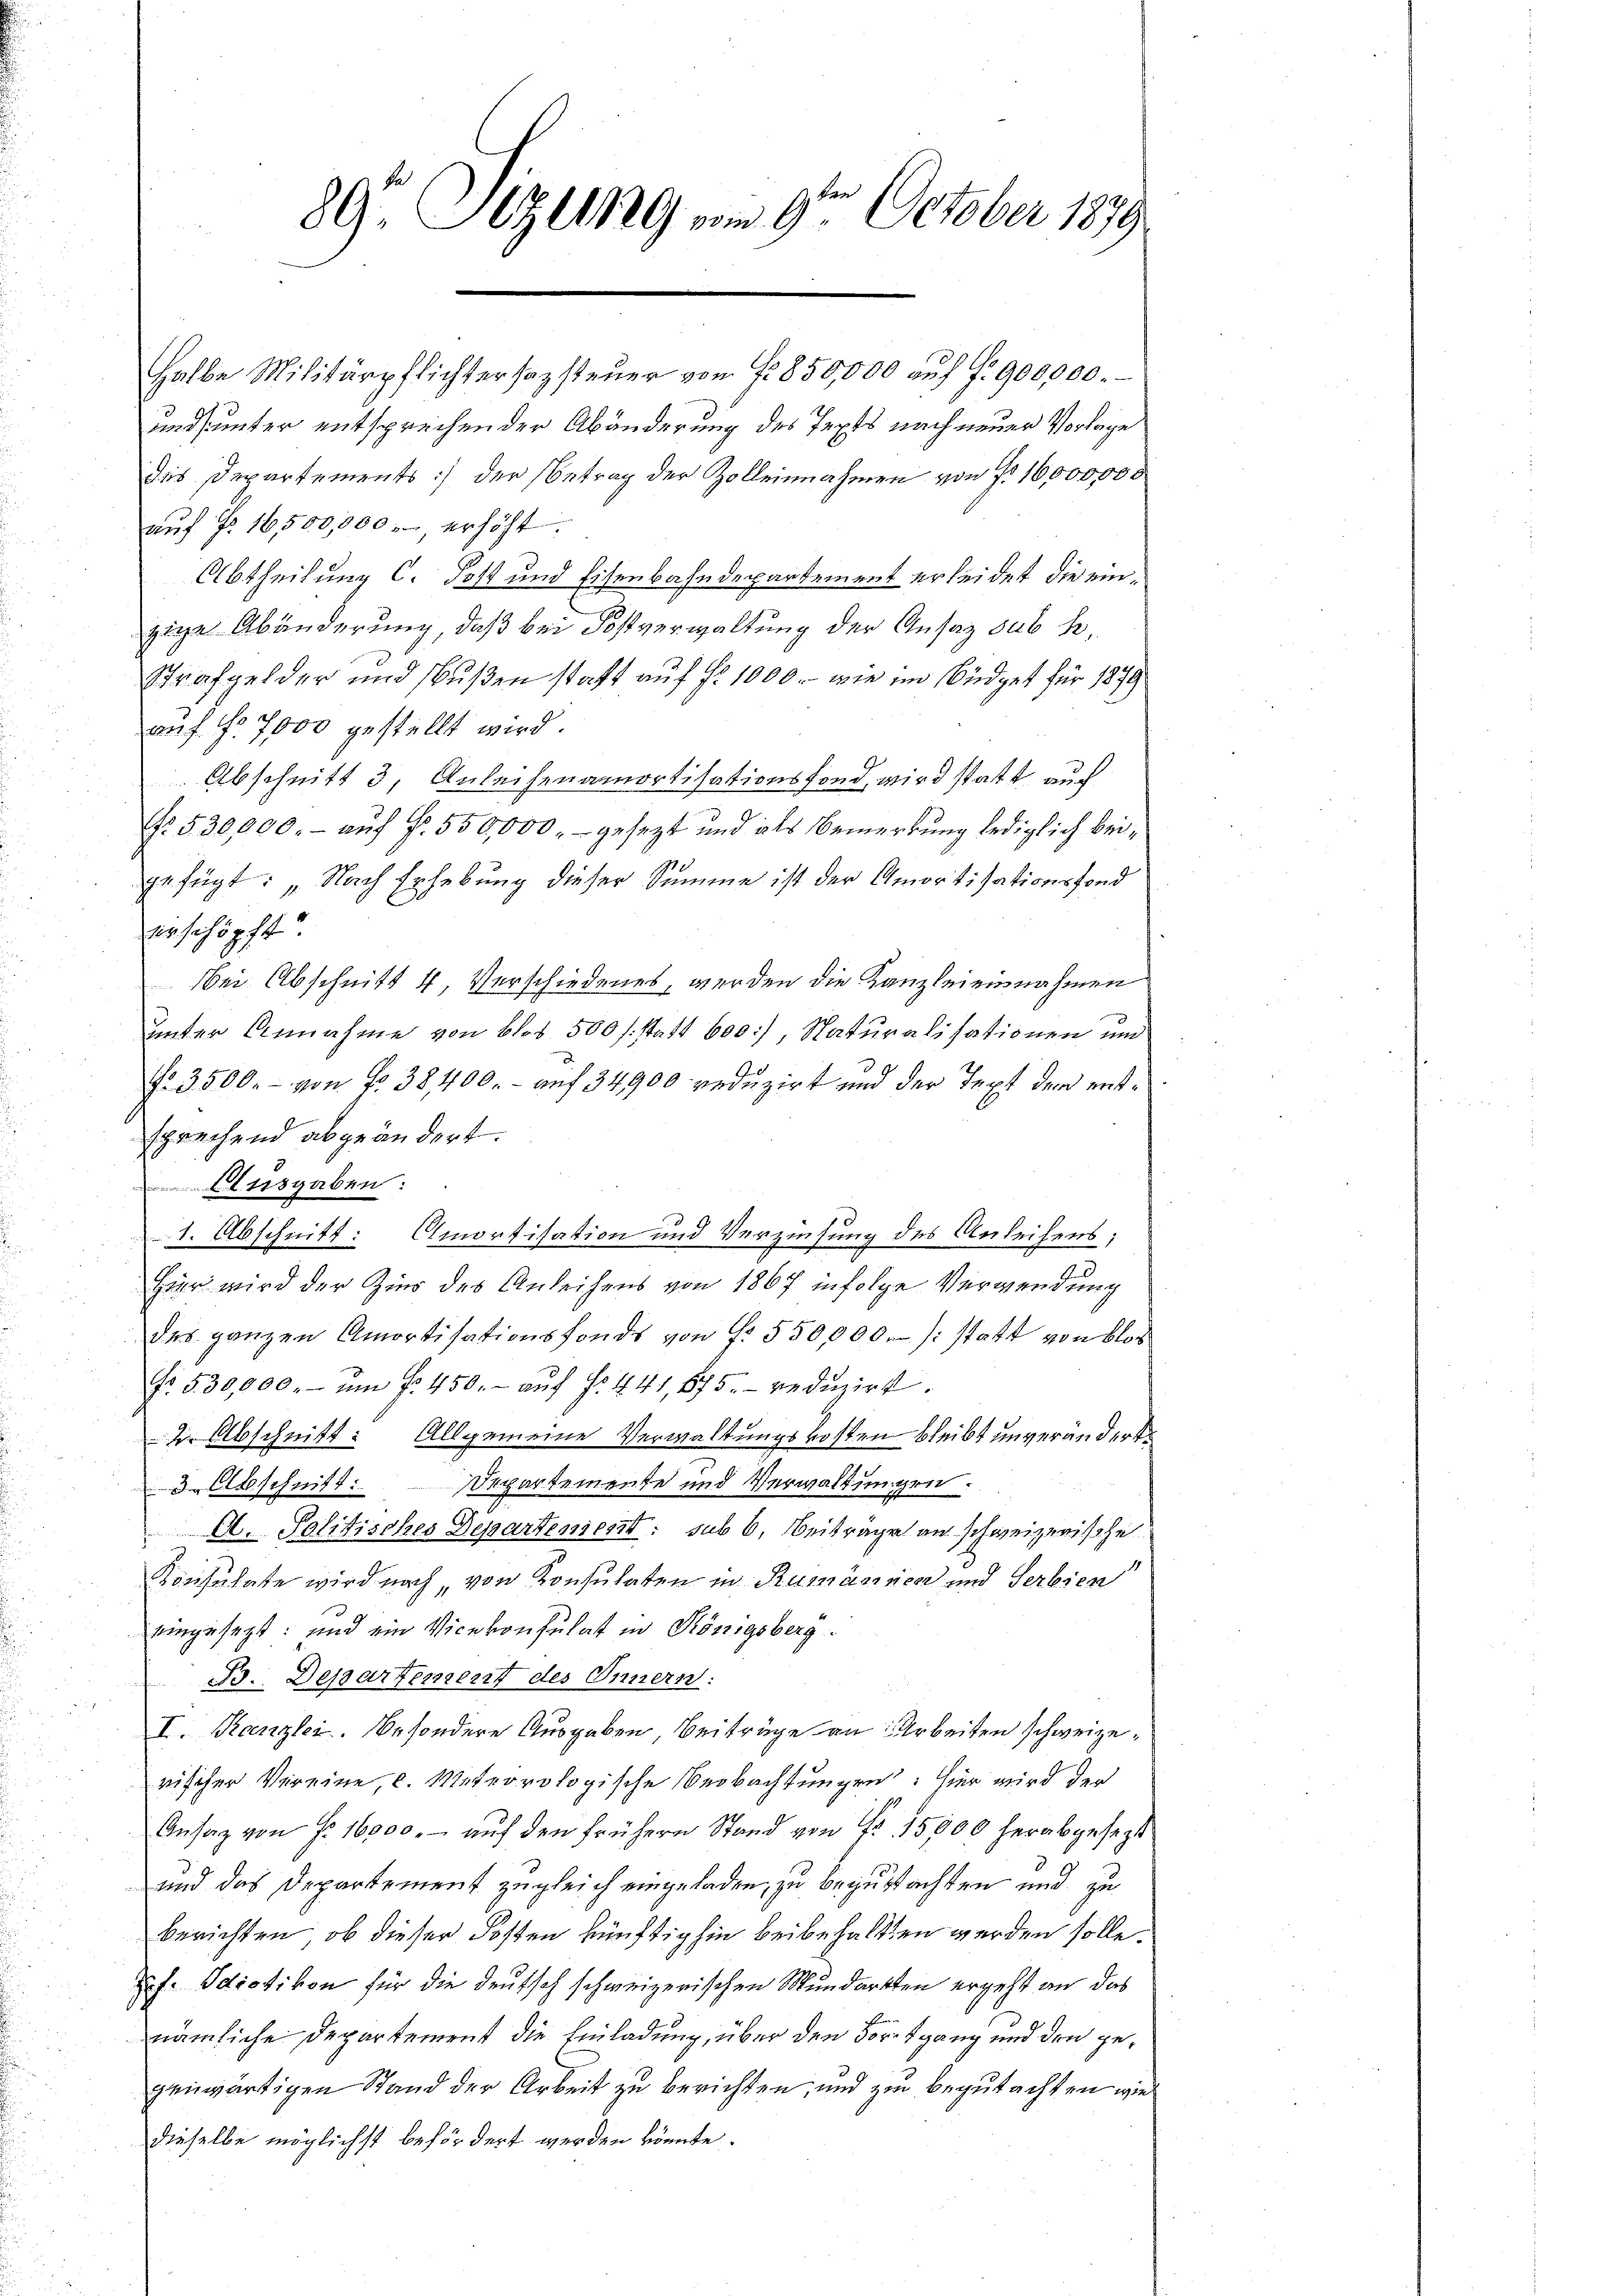
89. Sizung vom 9te͇n October 1879.
.

halbe Militärpflichtersazsteŭer von Fr. 850,000 aŭf fr. 900,000.
undsämter entsprechen der Abänderung des Pepts nach neuer Vorlage
des Departements) der Betrag der Zolleinnahmen von § 16,000,000
auf Nr 16500,000 erhöht.
Abtheilung C. Jost und Eisenbahndepartement erleidet, die einzige Abänderung, daß bei Postverwaltung der Ansaz sub h.
Strafgelder und Bußen statt auf fr. 1000.- wie im Südget für 1879
auf No 7000 gestellt wird.
Abschnitt 3, Anleisenamortisationsfond wird statt auch
No. 530,000.- aŭf Fr. 550,000.- gesezt und als Bemerkung lediglich beigefügt: „Nach Erhebung dieser Summe ist der Amortisationsfond
erschöpft
bei Abschnitt 4 Verschiedenes, werden die Kanzleieinnahmen
unter Annahme von blos 500 /: statt 600), Naturalisationen un
No. 3500.- von No 38400.- auf 34900 reduzirt und der Text dem entsprechend abgeändert.
Ausgaben:
d
1. Abschnitt: Amortisation und Verzinsung des Anleihens;
Hier wird der Zins des Anleihens von 1867 infolge Verwendung
des ganzen Amortisationsfonds von Nr. 550,000. /: statt von blos
Fr. 5. 30,000.- ŭm fr. 450.- aŭf §. 441, 675. redŭzirt.
2 Abschnitt: Allgemeine Verwaltungskosten bleibt unveränderte
3 Abschnitt. Departemente und Verwaltungen.
A. Politisches Departement: sub 6. Beiträge an schweizerische
Konsulate wird nach von Konsulaten in Rumännen und Serbien
eingesezt; und ein Vicekonsulat in Königsberg¬
Bo. Departement des Innern:
I. Kanzlei. Besondere Ausgaben Beiträge an Arbeiten schweizerischer Vereine, c. Meteorologische Beobachtungen: hier wird der
Ansaz von Fr. 16000.- auf den frühern Stand von No 15,000 herabgesezt
3.
und das Departement zugleich eingeladen, zu begutachten und zu
berichten, ob dieser Posten künftighin beibehalten werden solle.
pf. Idiotikon für die deutsch schweizerischen Mundarkten ergeht an das
nämliche Departement die Einladung, über den Fortgang und den gegenwärtigen Stand der Arbeit zu berichten, und zu begutachten wie
dieselbe möglichst befördert werden könnte.